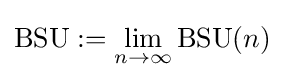
\operatorname {BSU} :=\lim _{n\rightarrow \infty }\operatorname {BSU} (n)